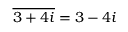
{ \overline { { 3 + 4 i } } } = 3 - 4 i